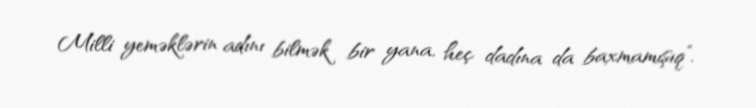
Milli yeməklərin adını bilmək bir yana, heç dadına da baxmamışıq”.